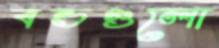
বন্ডগুলো